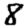
Digit: 8